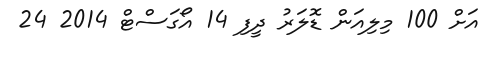
އަށް 100 މިލިއަން ޑޮލަރު ދީފި 14 އޯގަސްޓް 2014 24